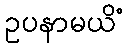
ဥပနာမယိံ